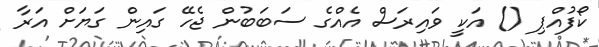
ކޯފުއްޕި () އަކީ ވައިރަސް އެއްގެ ސަބަބުން ޖެހޭ ގައިން ގަޔަށް އަރާ